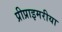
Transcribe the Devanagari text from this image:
प्रीप्राइमरीया